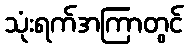
သုံးရက်အကြာတွင်